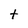
Character: t